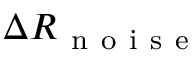
\Delta R _ { \mathrm { ~ n ~ o ~ i ~ s ~ e ~ } }